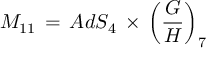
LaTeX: { \cal M } _ { 1 1 } \, = \, A d S _ { 4 } \, \times \, \left( \frac { G } { H } \right) _ { 7 }